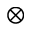
\otimes